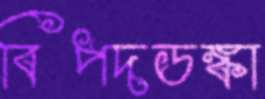
বিপদডঙ্কা